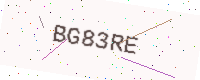
Text: BG83RE